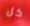
كل